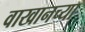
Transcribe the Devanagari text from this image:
वाखानच्या